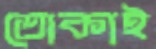
তোকাই